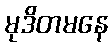
မုဒိတမနေ